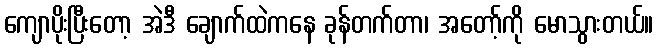
ကျောပိုးပြီးတော့ အဲဒီ ချောက်ထဲကနေ ခုန်တက်တာ၊ အတော့်ကို မောသွားတယ်။